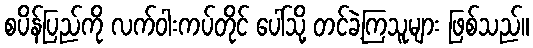
စပိန်ပြည်ကို လက်ဝါးကပ်တိုင် ပေါ်သို့ တင်ခဲ့ကြသူများ ဖြစ်သည်။